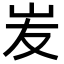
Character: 𡵢